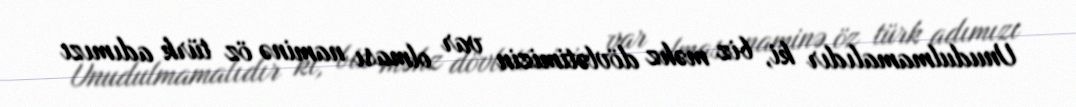
Unudulmamalıdır ki, biz məhz dövlətimizin var olması naminə öz türk adımızı